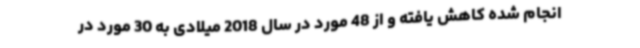
انجام شده کاهش یافته و از 48 مورد در سال 2018 میلادی به 30 مورد در